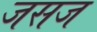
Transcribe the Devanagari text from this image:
जसज